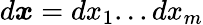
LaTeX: d\boldsymbol{x}=dx_{1}...dx_{m}